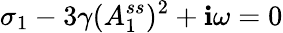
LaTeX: \sigma_{1}-3\gamma(A_{1}^{ss})^{2}+\mathbf{i}\omega=0